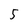
Character: 5